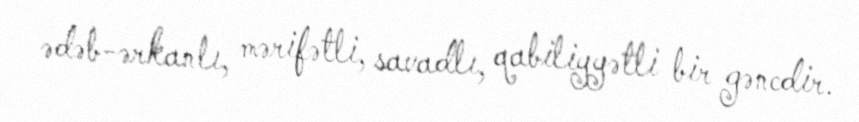
ədəb-ərkanlı, mərifətli, savadlı, qabiliyyətli bir gəncdir.